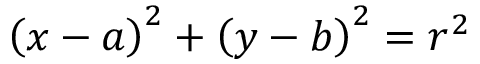
\left( x - a \right) ^ { 2 } + \left( y - b \right) ^ { 2 } = r ^ { 2 }